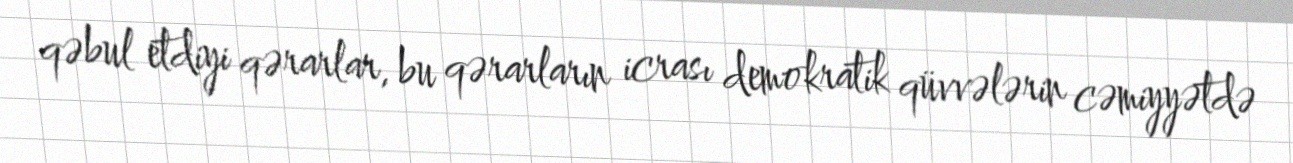
qəbul etdiyi qərarlar, bu qərarların icrası demokratik qüvvələrin cəmiyyətdə